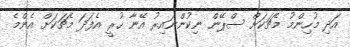
އަދި މުހިންމު މެޗަކަށް ސްޕޭން ނިކުންނައިރު އޭނާ ހުރީ އެފަދަ މެޗަކަށް އެންމެ